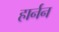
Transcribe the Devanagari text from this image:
हार्नन